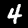
Digit: 4